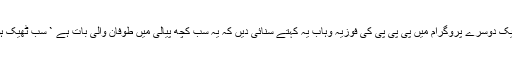
اسی شب ایک دوسرے پروگرام میں پی پی پی کی فوزیہ وہاب یہ کہتے سنائی دیں کہ یہ سب کچھ پیالی میں طوفان والی بات ہے ` سب ٹھیک ہوجائے گا۔